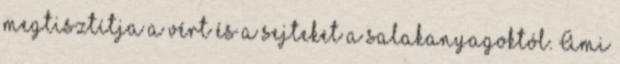
megtisztítja a vért és a sejteket a salakanyagoktól. Ami